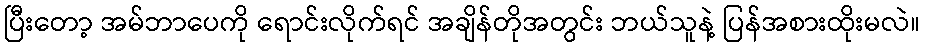
ပြီးတော့ အမ်ဘာပေကို ရောင်းလိုက်ရင် အချိန်တိုအတွင်း ဘယ်သူနဲ့ ပြန်အစားထိုးမလဲ။